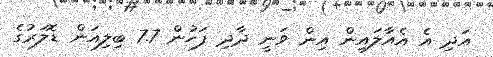
އަދި އެ އެއާލައިން އިން ވަނީ ދާދި ފަހުން 7.7 ބިލިއަން ޑޮލަރުގެ